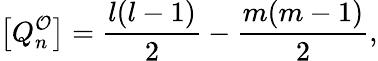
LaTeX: \left[Q_{n}^{\mathcal{O}}\right]=\frac{l(l-1)}{2}-\frac{m(m-1)}{2},